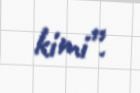
kimi”.